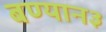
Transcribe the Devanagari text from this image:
बण्यान३